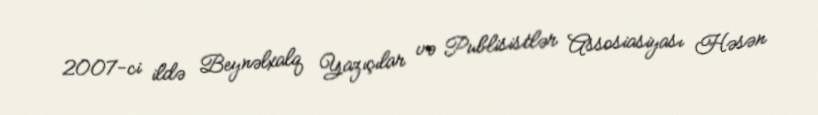
2007-ci ildə Beynəlxalq Yazıçılar və Publisistlər Assosiasiyası Həsən